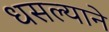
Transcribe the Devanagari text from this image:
धसल्याने